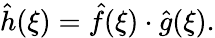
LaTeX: {\hat{h}}(\xi)={\hat{f}}(\xi)\cdot{\hat{g}}(\xi).